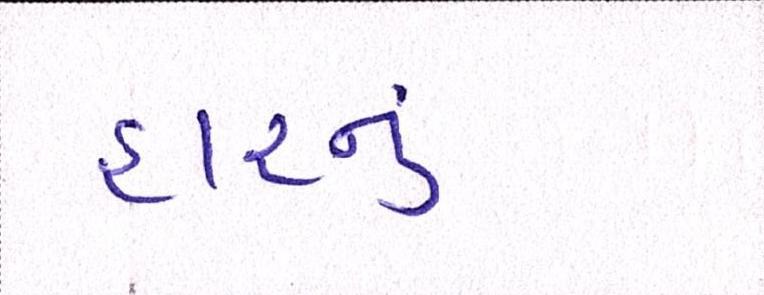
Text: હારનું